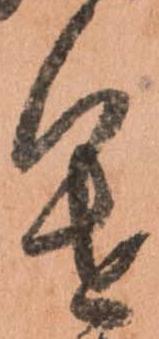
進